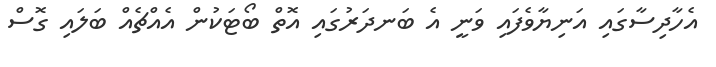
އެހާދިސާގައި އަނިޔާވެފައި ވަނީ އެ ބަނދަރުގައި އޮތް ބޯޓަކުން އެއްޗެއް ބަލައި ގޮސް